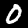
Digit: 0